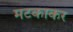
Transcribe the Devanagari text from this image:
मटकाकर